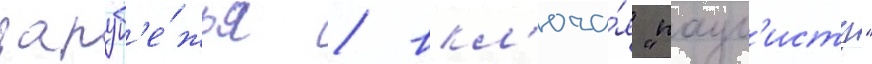
заруб'е́жья / вкл'юча́я "паул'исту"